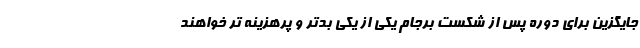
جایگزین برای دوره پس از شکست برجام یکی از یکی بدتر و پرهزینه تر خواهند